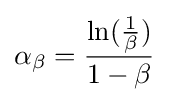
\alpha _{\beta }={\frac {\ln({\frac {1}{\beta }})}{1-\beta }}